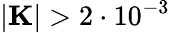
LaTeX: |\mathbf{K}|>2\cdot 10^{-3}